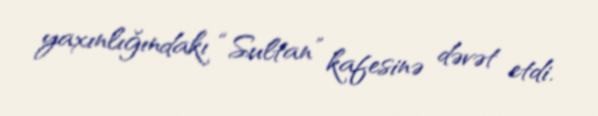
yaxınlığındakı “Sultan” kafesinə dəvət etdi.